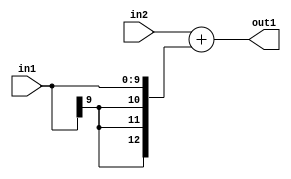
`timescale 1ps / 1ps
/*****************************************************************************
    Verilog RTL Description
    
    
    Created by: Stratus DpOpt 2019.1.01 
*******************************************************************************/

module SobelFilter_Add_12Ux10S_13S_4 (
	in2,
	in1,
	out1
	); /* architecture "behavioural" */ 
input [11:0] in2;
input [9:0] in1;
output [12:0] out1;
wire [12:0] asc001;

assign asc001 = 
	+(in2)
	+({{3{in1[9]}}, in1});

assign out1 = asc001;
endmodule

/* CADENCE  ubD3Sgo= : u9/ySgnWtBlWxVPRXgAZ4Og= ** DO NOT EDIT THIS LINE ******/